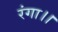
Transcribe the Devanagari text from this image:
रंगा।।